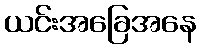
ယင်းအခြေအနေ